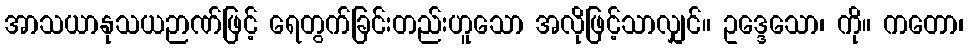
အာသယာနုသယဉာဏ်ဖြင့် ရေတွက်ခြင်းတည်းဟူသော အလိုဖြင့်သာလျှင်။ ဥဒ္ဒေသော၊ ကို။ ကတော၊